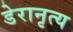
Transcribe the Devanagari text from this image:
डेरानृत्य